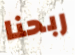
ربحنا